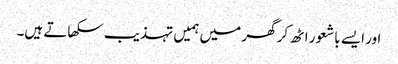
اور ایسے باشعور اٹھ کر گھر میں ہمیں تہذیب سکھاتے ہیں۔